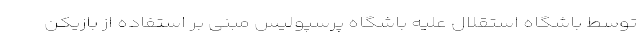
توسط باشگاه استقلال علیه باشگاه پرسپولیس مبنی بر استفاده از بازیکن